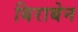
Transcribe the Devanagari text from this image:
बिराबेन